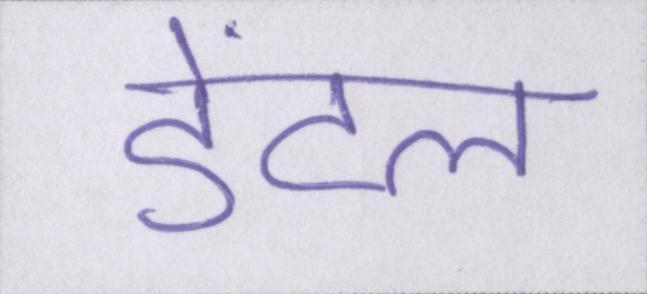
डेंटल